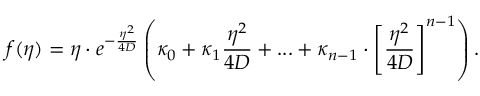
f ( \eta ) = \eta \cdot e ^ { - \frac { \eta ^ { 2 } } { 4 D } } \left( \kappa _ { 0 } + \kappa _ { 1 } \frac { \eta ^ { 2 } } { 4 D } + . . . + \kappa _ { n - 1 } \cdot \left[ \frac { \eta ^ { 2 } } { 4 D } \right] ^ { n - 1 } \right) .